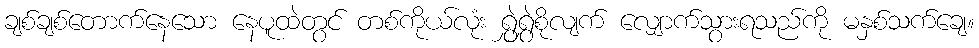
ချစ်ချစ်တောက်နေသော နေပူထဲတွင် တစ်ကိုယ်လုံး ရွှဲရွှဲစိုလျက် လျှောက်သွားရသည်ကို မနှစ်သက်ချေ။